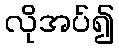
လိုအပ်၍